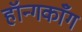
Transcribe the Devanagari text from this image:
हॉन्गकाँग